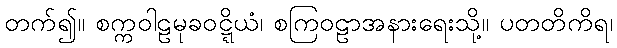
တက်၍။ စက္ကဝါဠမုခဝဋ္ဋိယံ၊ စကြဝဠာအနားရေးသို့။ ပတတိကိရ၊